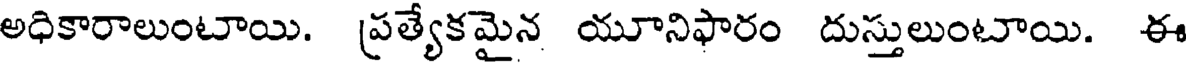
అధికారాలుంటాయి. ప్రత్యేకమైన యూనిఫారం దుస్తులుంటాయి. ఈ